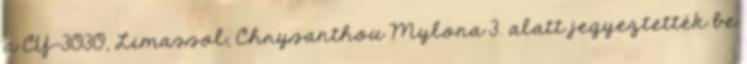
a CY-3030, Limassol, Chrysanthou Mylona 3. alatt jegyeztették be